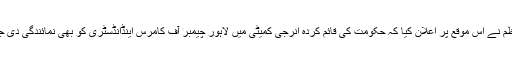
وزیر اعظم نے اس موقع پر اعلان کیا کہ حکومت کی قائم کردہ انرجی کمیٹی میں لاہور چیمبر آف کامرس اینڈانڈسٹری کو بھی نمائندگی دی جائے گی۔